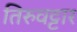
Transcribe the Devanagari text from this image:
तिरुवट्टार